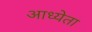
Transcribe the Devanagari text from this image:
आध्येता